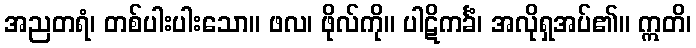
အညတရံ၊ တစ်ပါးပါးသော။ ဖလ၊ ဖိုလ်ကို။ ပါဋိကင်္ခံ၊ အလိုရှအပ်၏။ ဣတိ၊